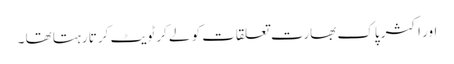
اور اکثر پاک بھارت تعلقات کو لے کر ٹویٹ کرتا رہتا تھا ۔